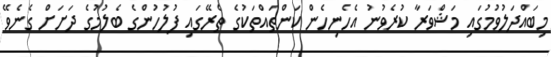
މިބައްދަލުވުމުގައި މަޝްވަރާ ކުރެވުނު އެހެނިހެން ކަންތައްތަކުގެ ތެރޭގައި ފުލުހުންގެ ބެލުމުގެ ދަށަށް ގެނެވޭ